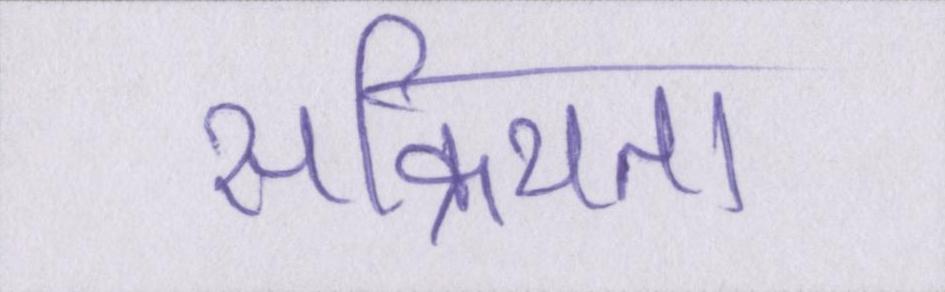
सक्रियता